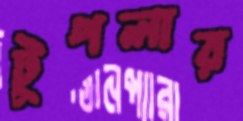
টুপলার